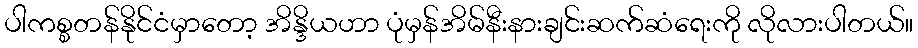
ပါကစ္စတန်နိုင်ငံမှာတော့ အိန္ဒိယဟာ ပုံမှန်အိမ်နီးနားချင်းဆက်ဆံရေးကို လိုလားပါတယ်။